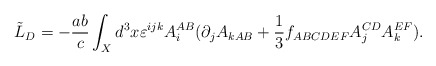
\begin{align*}\tilde{L}_{D}=-{\frac{ab}{c}}\int_{X}d^{3}x\varepsilon^{ijk}A_{i}^{AB}(\partial _{j}A_{kAB}+{\frac{1}{3}}f_{ABCDEF}A_{j}^{CD}A_{k}^{EF}).\end{align*}